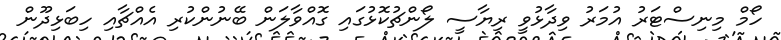
ހޯމް މިނިސްޓަރު އުމަރު ވިދާޅުވީ ރިޔާސީ ލޯންޗުކޮޅުގައި ގޮއްވާލަން ބޭނުންކުރި އެއްޗާއި ހިބަޅިދޫން